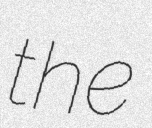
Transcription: the